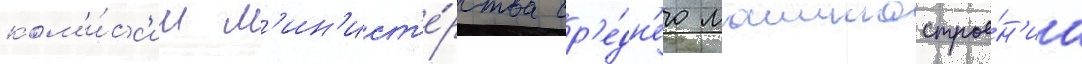
ком'и́сс'ии м'ин'ист'е́рства ср'е́дн'его машинострое́н'иа